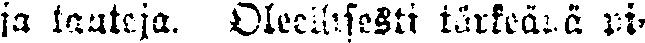
ja tauteja. Oleellisesti tärkeänä pi-